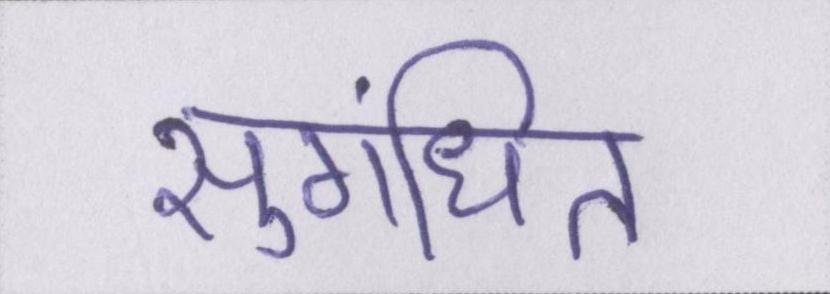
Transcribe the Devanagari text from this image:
सुगंधित